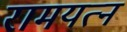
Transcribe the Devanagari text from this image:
रामयत्न